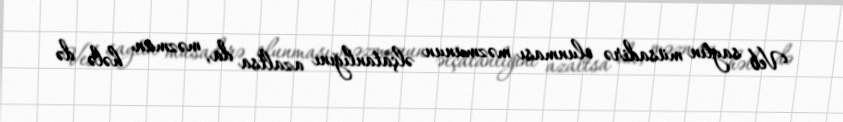
Veb saytın müsadirə olunması məzmunun əlçatanlığını azaltsa da, məzmun hələ də